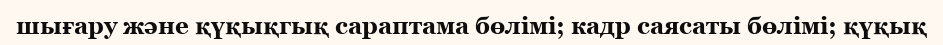
шығару және қүқықгық сараптама бөлімі; кадр саясаты бөлімі; қүқық